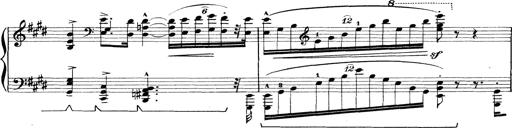
Title: Rapsodie: 19 ungheresi, 1 spagnuola
Composer: Franz Liszt